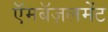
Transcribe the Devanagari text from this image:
ऍमबॅज़लमेंट